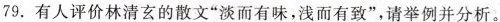
79.有人评价林清玄的散文“淡而有味,浅而有致”，请举例并分析。